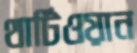
থার্টিওয়ান